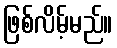
ဖြစ်လိမ့်မည်။